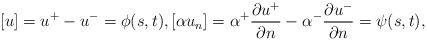
\begin{align*}[u] = u^+ - u^- = \phi(s,t), [\alpha u_n] = \alpha^+ \frac{\partial u^+}{\partial n} - \alpha^- \frac{\partial u^-}{\partial n} = \psi(s,t),\end{align*}